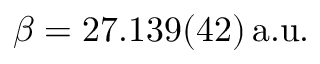
\beta = 2 7 . 1 3 9 ( 4 2 ) \, \mathrm { a . u . }